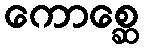
ကောစ္ဆေ